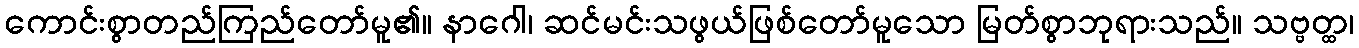
ကောင်းစွာတည်ကြည်တော်မူ၏။ နာဂေါ၊ ဆင်မင်းသဖွယ်ဖြစ်တော်မူသော မြတ်စွာဘုရားသည်။ သဗ္ဗတ္ထ၊